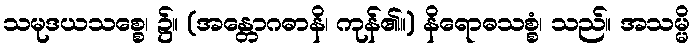
သမုဒယသစ္စေ၊ ၌။ (အန္တောဂဓာနိ၊ ကုန်၏။) နိရောဓသစ္စံ၊ သည်။ အသမ္မိ